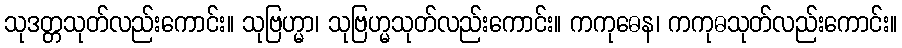
သုဒတ္တသုတ်လည်းကောင်း။ သုဗြဟ္မာ၊ သုဗြဟ္မသုတ်လည်းကောင်း။ ကကုဓေန၊ ကကုဓသုတ်လည်းကောင်း။